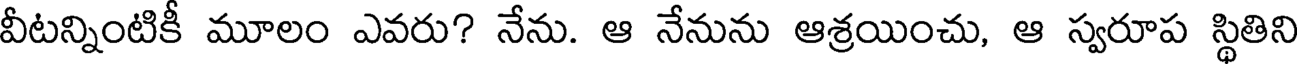
వీటన్నింటికీ మూలం ఎవరు? నేను. ఆ నేనును ఆశ్రయించు, ఆ స్వరూప స్థితిని